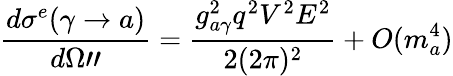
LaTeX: \frac{d\sigma^{e}(\gamma\rightarrow a)}{d\Omega"}=\frac{g_{a\gamma}^{2}q^{2}V^{2}E^{2}}{2(2\pi)^{2}}+O(m_{a}^{4})